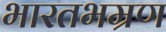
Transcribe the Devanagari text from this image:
भारतभम्रण